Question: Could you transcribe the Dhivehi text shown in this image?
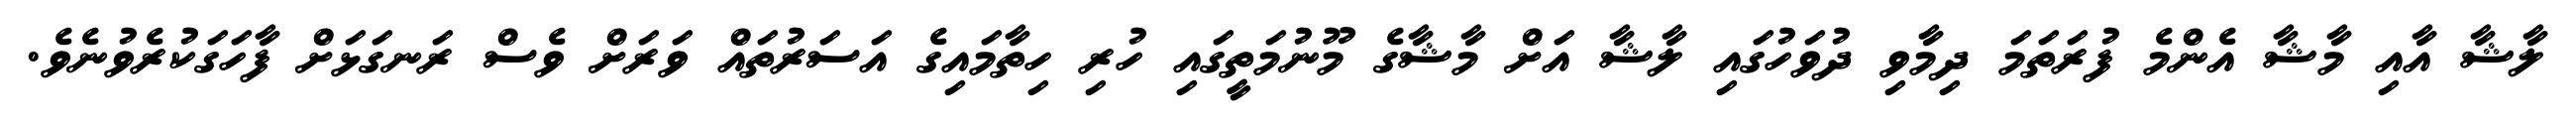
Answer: ލާޝާ އާއި މާޝާ އެންމެ ފުރަތަމަ ދިމާވި ދުވަހުގައި ލާޝާ އަށް މާޝާގެ މޫނުމަތީގައި ހުރި ހިތާމައިގެ އަސަރުތައް ވަރަށް ވެސް ރަނގަޅަށް ފާހަގަކުރެވުނެވެ.